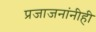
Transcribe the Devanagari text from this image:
प्रजाजनांनीही